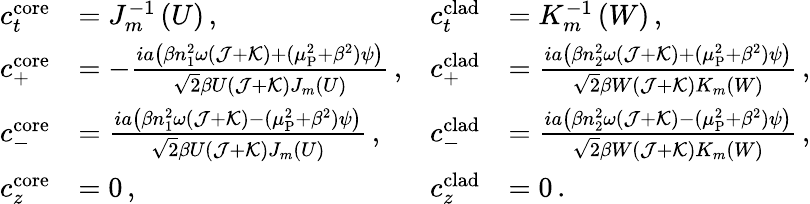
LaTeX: \begin{array}{rlrl}{c_{t}^{\mathrm{core}}}&{=J_{m}^{-1}\left(U\right)\, ,}&{c_{t}^{\mathrm{clad}}}&{=K_{m}^{-1}\left(W\right)\, ,}\\ {c_{+}^{\mathrm{core}}}&{=-\frac{ia\left(\beta n_{1}^{2}\omega(\mathcal{J}+\mathcal{K})+(\mu_{\mathrm{P}}^{2}+\beta^{2})\psi\right)}{\sqrt{2}\beta U(\mathcal{J}+\mathcal{K})J_{m}(U)}\, ,}&{c_{+}^{\mathrm{clad}}}&{=\frac{ia\left(\beta n_{2}^{2}\omega(\mathcal{J}+\mathcal{K})+(\mu_{\mathrm{P}}^{2}+\beta^{2})\psi\right)}{\sqrt{2}\beta W(\mathcal{J}+\mathcal{K})K_{m}(W)}\, ,}\\ {c_{-}^{\mathrm{core}}}&{=\frac{ia\left(\beta n_{1}^{2}\omega(\mathcal{J}+\mathcal{K})-(\mu_{\mathrm{P}}^{2}+\beta^{2})\psi\right)}{\sqrt{2}\beta U(\mathcal{J}+\mathcal{K})J_{m}(U)}\, ,}&{c_{-}^{\mathrm{clad}}}&{=\frac{ia\left(\beta n_{2}^{2}\omega(\mathcal{J}+\mathcal{K})-(\mu_{\mathrm{P}}^{2}+\beta^{2})\psi\right)}{\sqrt{2}\beta W(\mathcal{J}+\mathcal{K})K_{m}(W)}\, ,}\\ {c_{z}^{\mathrm{core}}}&{=0\, ,}&{c_{z}^{\mathrm{clad}}}&{=0\, .}\end{array}